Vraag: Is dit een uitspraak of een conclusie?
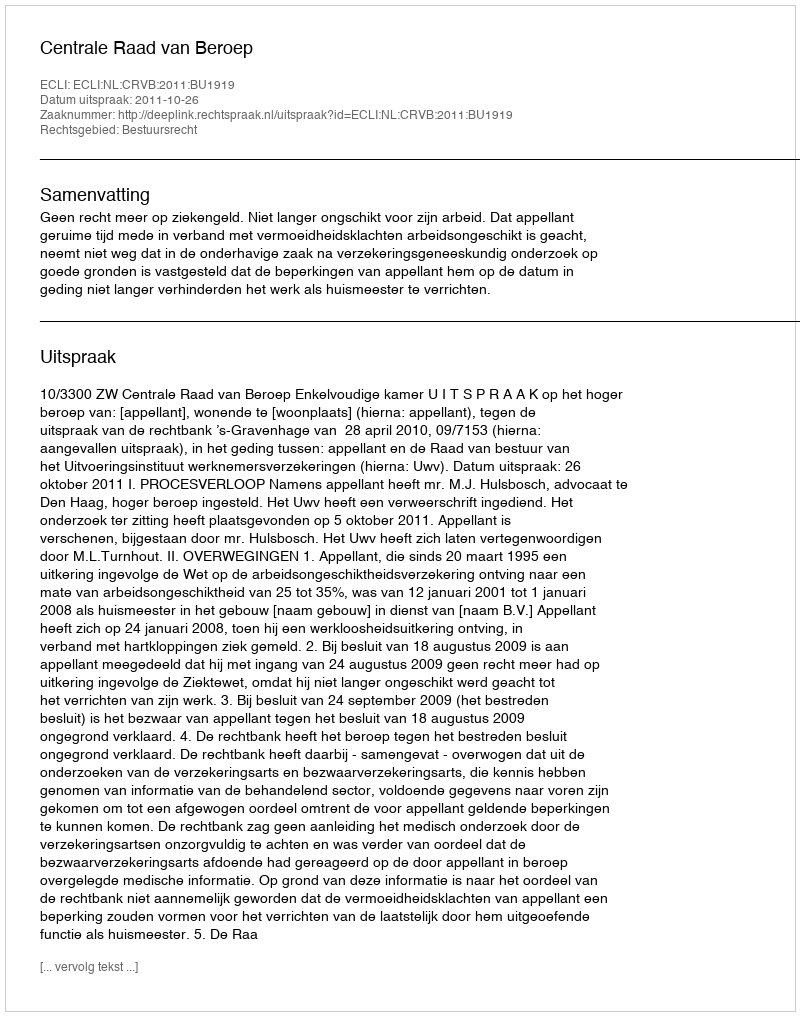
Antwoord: Uitspraak